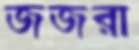
জজরা